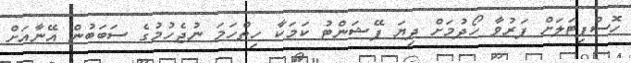
ހޮސްޕިޓަލަށް ފަރުވާ ހޯދުމަށް ދިޔަ ޕޭޝަންޓު ކަމަކާ ހިތްހަމަ ނުޖެހުމުގެ ސަބަބުން އޭނާއަށް